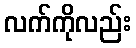
လက်ကိုလည်း